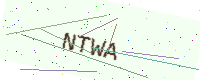
Text: NTWA